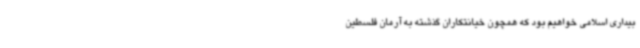
بیداری اسلامی خواهیم بود که همچون خیانتکاران گذشته به آرمان فلسطین